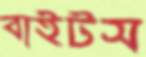
বাইটস